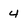
Character: 4